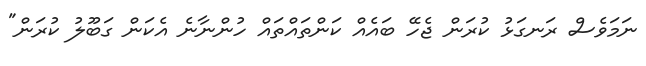
ނަމަވެސް ރަނގަޅު ކުރަން ޖެހޭ ބައެއް ކަންތައްތައް ހުންނާނެ އެކަން ގަބޫލު ކުރަން"